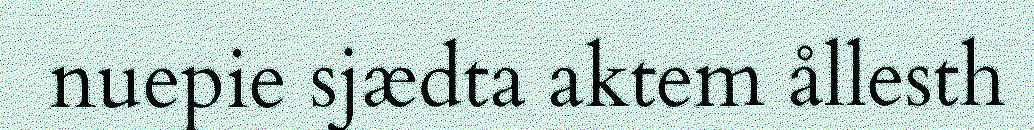
nuepie sjædta aktem ållesth